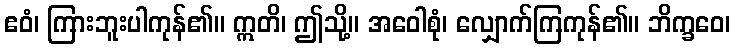
ဧဝံ၊ ကြားဘူးပါကုန်၏။ ဣတိ၊ ဤသို့။ အဝေါစုံ၊ လျှောက်ကြကုန်၏။ ဘိက္ခဝေ၊